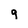
Character: g